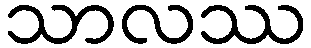
သာလဿ